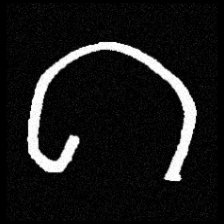
Pyu character \u2014 Myanmar letter: ဂ (romanized: ga)